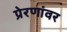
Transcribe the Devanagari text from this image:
प्रेरणांवर